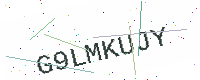
Text: G9LMKUJY